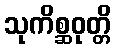
သုကိစ္ဆဝုတ္တိ